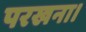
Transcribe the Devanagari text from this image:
परखना।